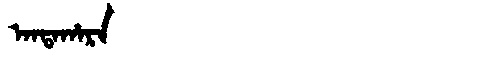
Manchu: ᠠᠨᡨᠠᡥᠠᡵᠠ
Romanization: ANTAHARA